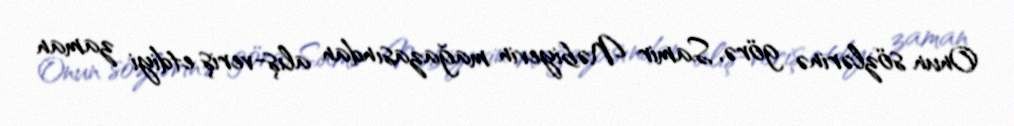
Onun sözlərinə görə, Samir Nəbiyevin mağazasından alış-veriş etdiyi zaman